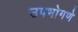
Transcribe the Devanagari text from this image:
उपभोगणे